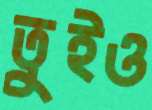
তুইও